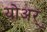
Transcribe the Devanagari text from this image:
योअर्